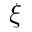
\xi